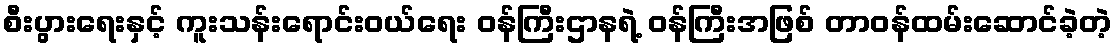
စီးပွားရေးနှင့် ကူးသန်းရောင်းဝယ်ရေး ဝန်ကြီးဌာနရဲ့ ဝန်ကြီးအဖြစ် တာဝန်ထမ်းဆောင်ခဲ့တဲ့